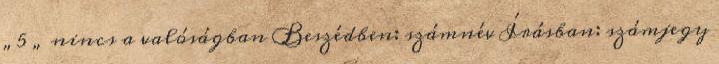
„5 „ nincs a valóságban Beszédben: számnév Írásban: számjegy